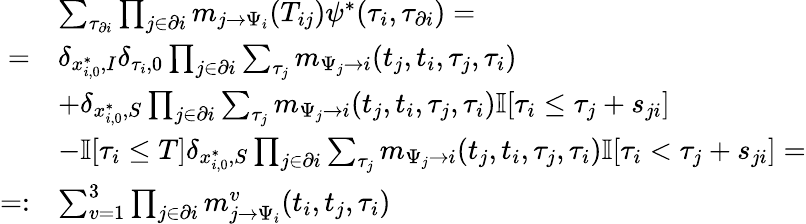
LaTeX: \begin{array}{rl}&{\sum_{\tau_{\partial i}}\prod_{j\in\partial i}m_{j\to\Psi_{i}}(T_{ij})\psi^{*}(\tau_{i},\tau_{\partial i})=}\\ {=}&{\delta_{x_{i,0}^{*},I}\delta_{\tau_{i},0}\prod_{j\in\partial i}\sum_{\tau_{j}}m_{\Psi_{j}\to i}(t_{j},t_{i},\tau_{j},\tau_{i})}\\ &{+\delta_{x_{i,0}^{*},S}\prod_{j\in\partial i}\sum_{\tau_{j}}m_{\Psi_{j}\to i}(t_{j},t_{i},\tau_{j},\tau_{i})\mathbb{I}[\tau_{i}\leq\tau_{j}+s_{ji}]}\\ &{-\mathbb{I}[\tau_{i}\leq T]\delta_{x_{i,0}^{*},S}\prod_{j\in\partial i}\sum_{\tau_{j}}m_{\Psi_{j}\to i}(t_{j},t_{i},\tau_{j},\tau_{i})\mathbb{I}[\tau_{i}<\tau_{j}+s_{ji}]=}\\ {=:}&{\sum_{v=1}^{3}\prod_{j\in\partial i}m_{j\to\Psi_{i}}^{v}(t_{i},t_{j},\tau_{i})}\end{array}